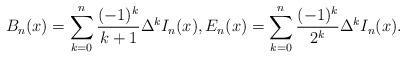
LaTeX: \begin{align*}B_n(x)=\sum_{k=0}^n \dfrac{(-1)^k}{k+1}\Delta^k I_n(x),E_n(x)=\sum_{k=0}^n \dfrac{(-1)^k}{2^k}\Delta^k I_n(x).\end{align*}